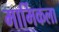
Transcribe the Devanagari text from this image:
मार्मिकला